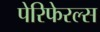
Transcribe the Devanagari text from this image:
पेरिफेरल्स